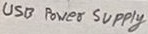
Text: USB Power Supply